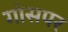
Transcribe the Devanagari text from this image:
गोसपर